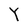
Character: Y